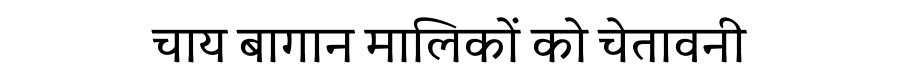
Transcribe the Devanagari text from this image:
चाय बागान मालिकों को चेतावनी